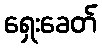
ရှေးခေတ်